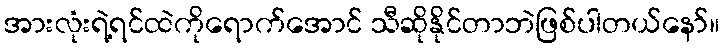
အားလုံးရဲ့ရင်ထဲကိုရောက်အောင် သီဆိုနိုင်တာဘဲဖြစ်ပါတယ်နော်။